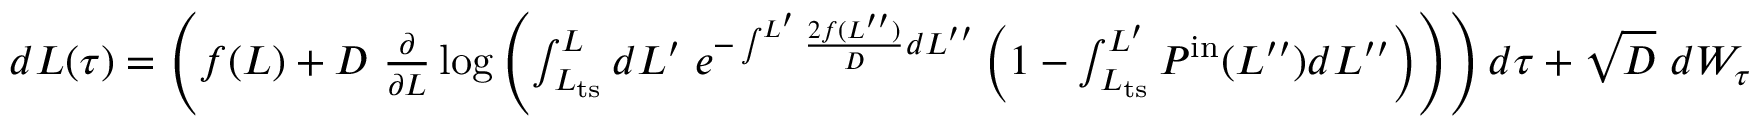
\begin{array} { r } { d L ( \tau ) = \left( f ( L ) + D \ \frac { \partial } { \partial L } \log \left( \int _ { L _ { \mathrm { t s } } } ^ { L } d L ^ { \prime } \; e ^ { - \int ^ { L ^ { \prime } } \frac { 2 f ( L ^ { \prime \prime } ) } { D } d L ^ { \prime \prime } } \left( 1 - \int _ { L _ { \mathrm { t s } } } ^ { L ^ { \prime } } P ^ { \mathrm { i n } } ( L ^ { \prime \prime } ) d L ^ { \prime \prime } \right) \right) \right) d \tau + \sqrt { D } \ d W _ { \tau } } \end{array}